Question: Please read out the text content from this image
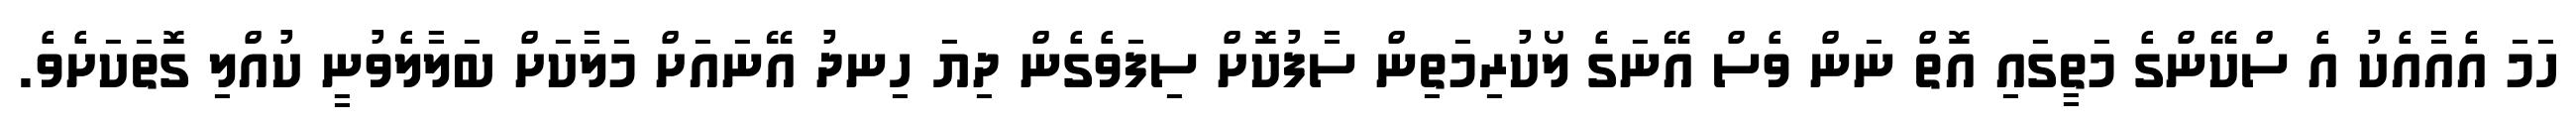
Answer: ހަމަ އެއާއެކު އެ ސްކޭންގެ މަތީގައި އޮތް ނަން ވެސް އޭނަގެ ލޯކުރިމަތިން ސާފުކޮށް ސިފަވެގެން ދިޔަ ހިނދު އޭނައަށް މަލާކަށް ބަލާލެވުނީ ކުއްލި ގޮތަކަށެވެ.